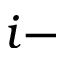
i -